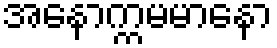
အနောက္ကမမာနော